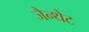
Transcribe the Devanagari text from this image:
जैन्थेट